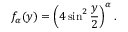
f _ { \alpha } ( y ) = \left( 4 \sin ^ { 2 } \frac { y } { 2 } \right) ^ { \alpha } .